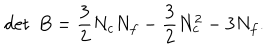
\det ~ B = { \frac { 3 } { 2 } } N _ { c } N _ { f } - { \frac { 3 } { 2 } } N _ { c } ^ { 2 } - 3 N _ { f } .